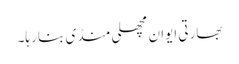
بھارتی ایوان مچھلی منڈی بنا رہا۔